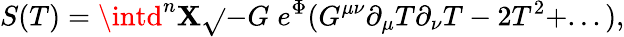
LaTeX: S(T)=\intd^{n}\mathbf{X}\sqrt{}{{-G}}\; e^{\Phi}(G^{\mu\nu}\partial_{\mu}T\partial_{\nu}T-2T^{2}+...),